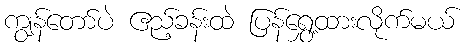
ကျွန်တော်ပဲ ဧည့်ခန်းထဲ ပြန်ရွှေ့ထားလိုက်မယ်